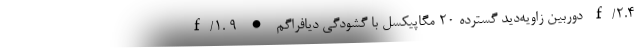
f/1. 9 • دوربین زاویه‌دید گسترده 20 مگاپیکسل با گشودگی دیافراگم f/2.4